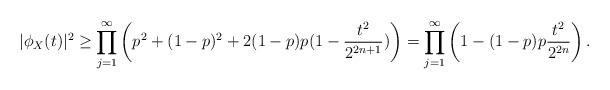
LaTeX: \begin{align*} |\phi_X(t)|^2 \geq \prod_{j=1}^\infty \left(p^2+(1-p)^2+2(1-p)p(1-\frac{t^2}{2^{2n+1}})\right) = \prod_{j=1}^\infty \left(1-(1-p)p\frac{t^2}{2^{2n}}\right).\end{align*}